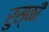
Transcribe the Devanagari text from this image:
रुस्की